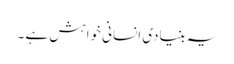
یہ بنیادی انسانی خواہش ہے ۔